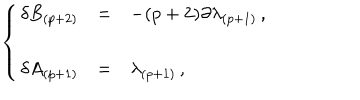
\left\{ \begin{array} { r c l } { { \delta B _ { ( p + 2 ) } } } & { { = } } & { { - ( p + 2 ) \partial \lambda _ { ( p + 1 ) } \, , } } \\ { { } } & { { } } & { { } } \\ { { \delta A _ { ( p + 1 ) } } } & { { = } } & { { \lambda _ { ( p + 1 ) } \, , } } \\ \end{array} \right.